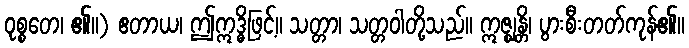
ဝုစ္စတေ၊ ၏။) ဧတာယ၊ ဤဣဒ္ဓိဖြင့်။ သတ္တာ၊ သတ္တဝါတို့သည်။ ဣဇ္ဈန္တိ၊ ပွားစီးတတ်ကုန်၏။